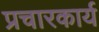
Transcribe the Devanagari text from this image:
प्रचारकार्य